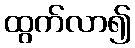
ထွက်လာ၍